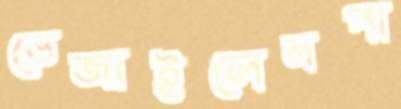
ভেজাইলেনপা